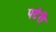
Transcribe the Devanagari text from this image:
पटेरी